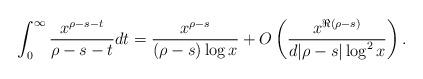
LaTeX: \begin{align*}\int_{0}^{\infty} \frac{x^{\rho-s-t}}{\rho-s-t}dt = \frac{x^{\rho-s}}{(\rho-s)\log x} +O\left( \frac{x^{\Re (\rho-s)}}{d|\rho-s|\log^2 x}\right).\end{align*}